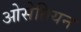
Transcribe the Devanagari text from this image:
ओसेतियन